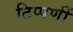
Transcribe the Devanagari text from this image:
टिप्पणीं